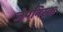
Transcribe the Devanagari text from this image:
जेपेनिस्क